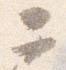
于